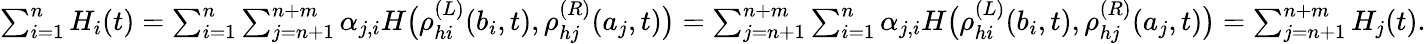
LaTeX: \begin{array}{r}{\sum_{i=1}^{n}H_{i}(t)=\sum_{i=1}^{n}\sum_{j=n+1}^{n+m}\alpha_{j,i}H\big(\rho_{hi}^{(L)}(b_{i},t),\rho_{hj}^{(R)}(a_{j},t)\big)=\sum_{j=n+1}^{n+m}\sum_{i=1}^{n}\alpha_{j,i}H\big(\rho_{hi}^{(L)}(b_{i},t),\rho_{hj}^{(R)}(a_{j},t)\big)=\sum_{j=n+1}^{n+m}H_{j}(t).}\end{array}